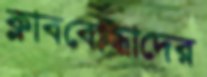
ক্লাববোদ্ধাদের